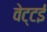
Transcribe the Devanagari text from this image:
वेट्टई